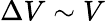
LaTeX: \Delta V\sim V